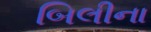
બિલીના